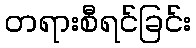
တရားစီရင်ခြင်း